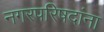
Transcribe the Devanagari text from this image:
नगरपरिषदांना